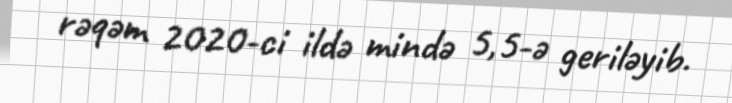
rəqəm 2020-ci ildə mində 5,5-ə geriləyib.